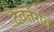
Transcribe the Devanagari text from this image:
दैवतेरवि